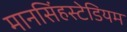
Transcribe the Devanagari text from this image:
मानसिंहस्टेडियम